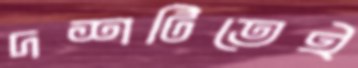
দশটিতেই